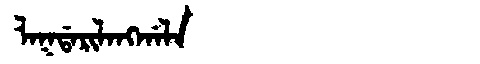
Manchu: ᠯᠠᡴᡩᠠᡵᡳᠯᠠᠩᡤᠠᠯᠠ
Romanization: LAKDARILANGGALA